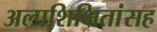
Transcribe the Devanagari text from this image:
अल्पशिक्षितांसह